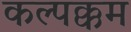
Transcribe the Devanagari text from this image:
कल्पक्कम